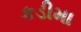
કડીમા